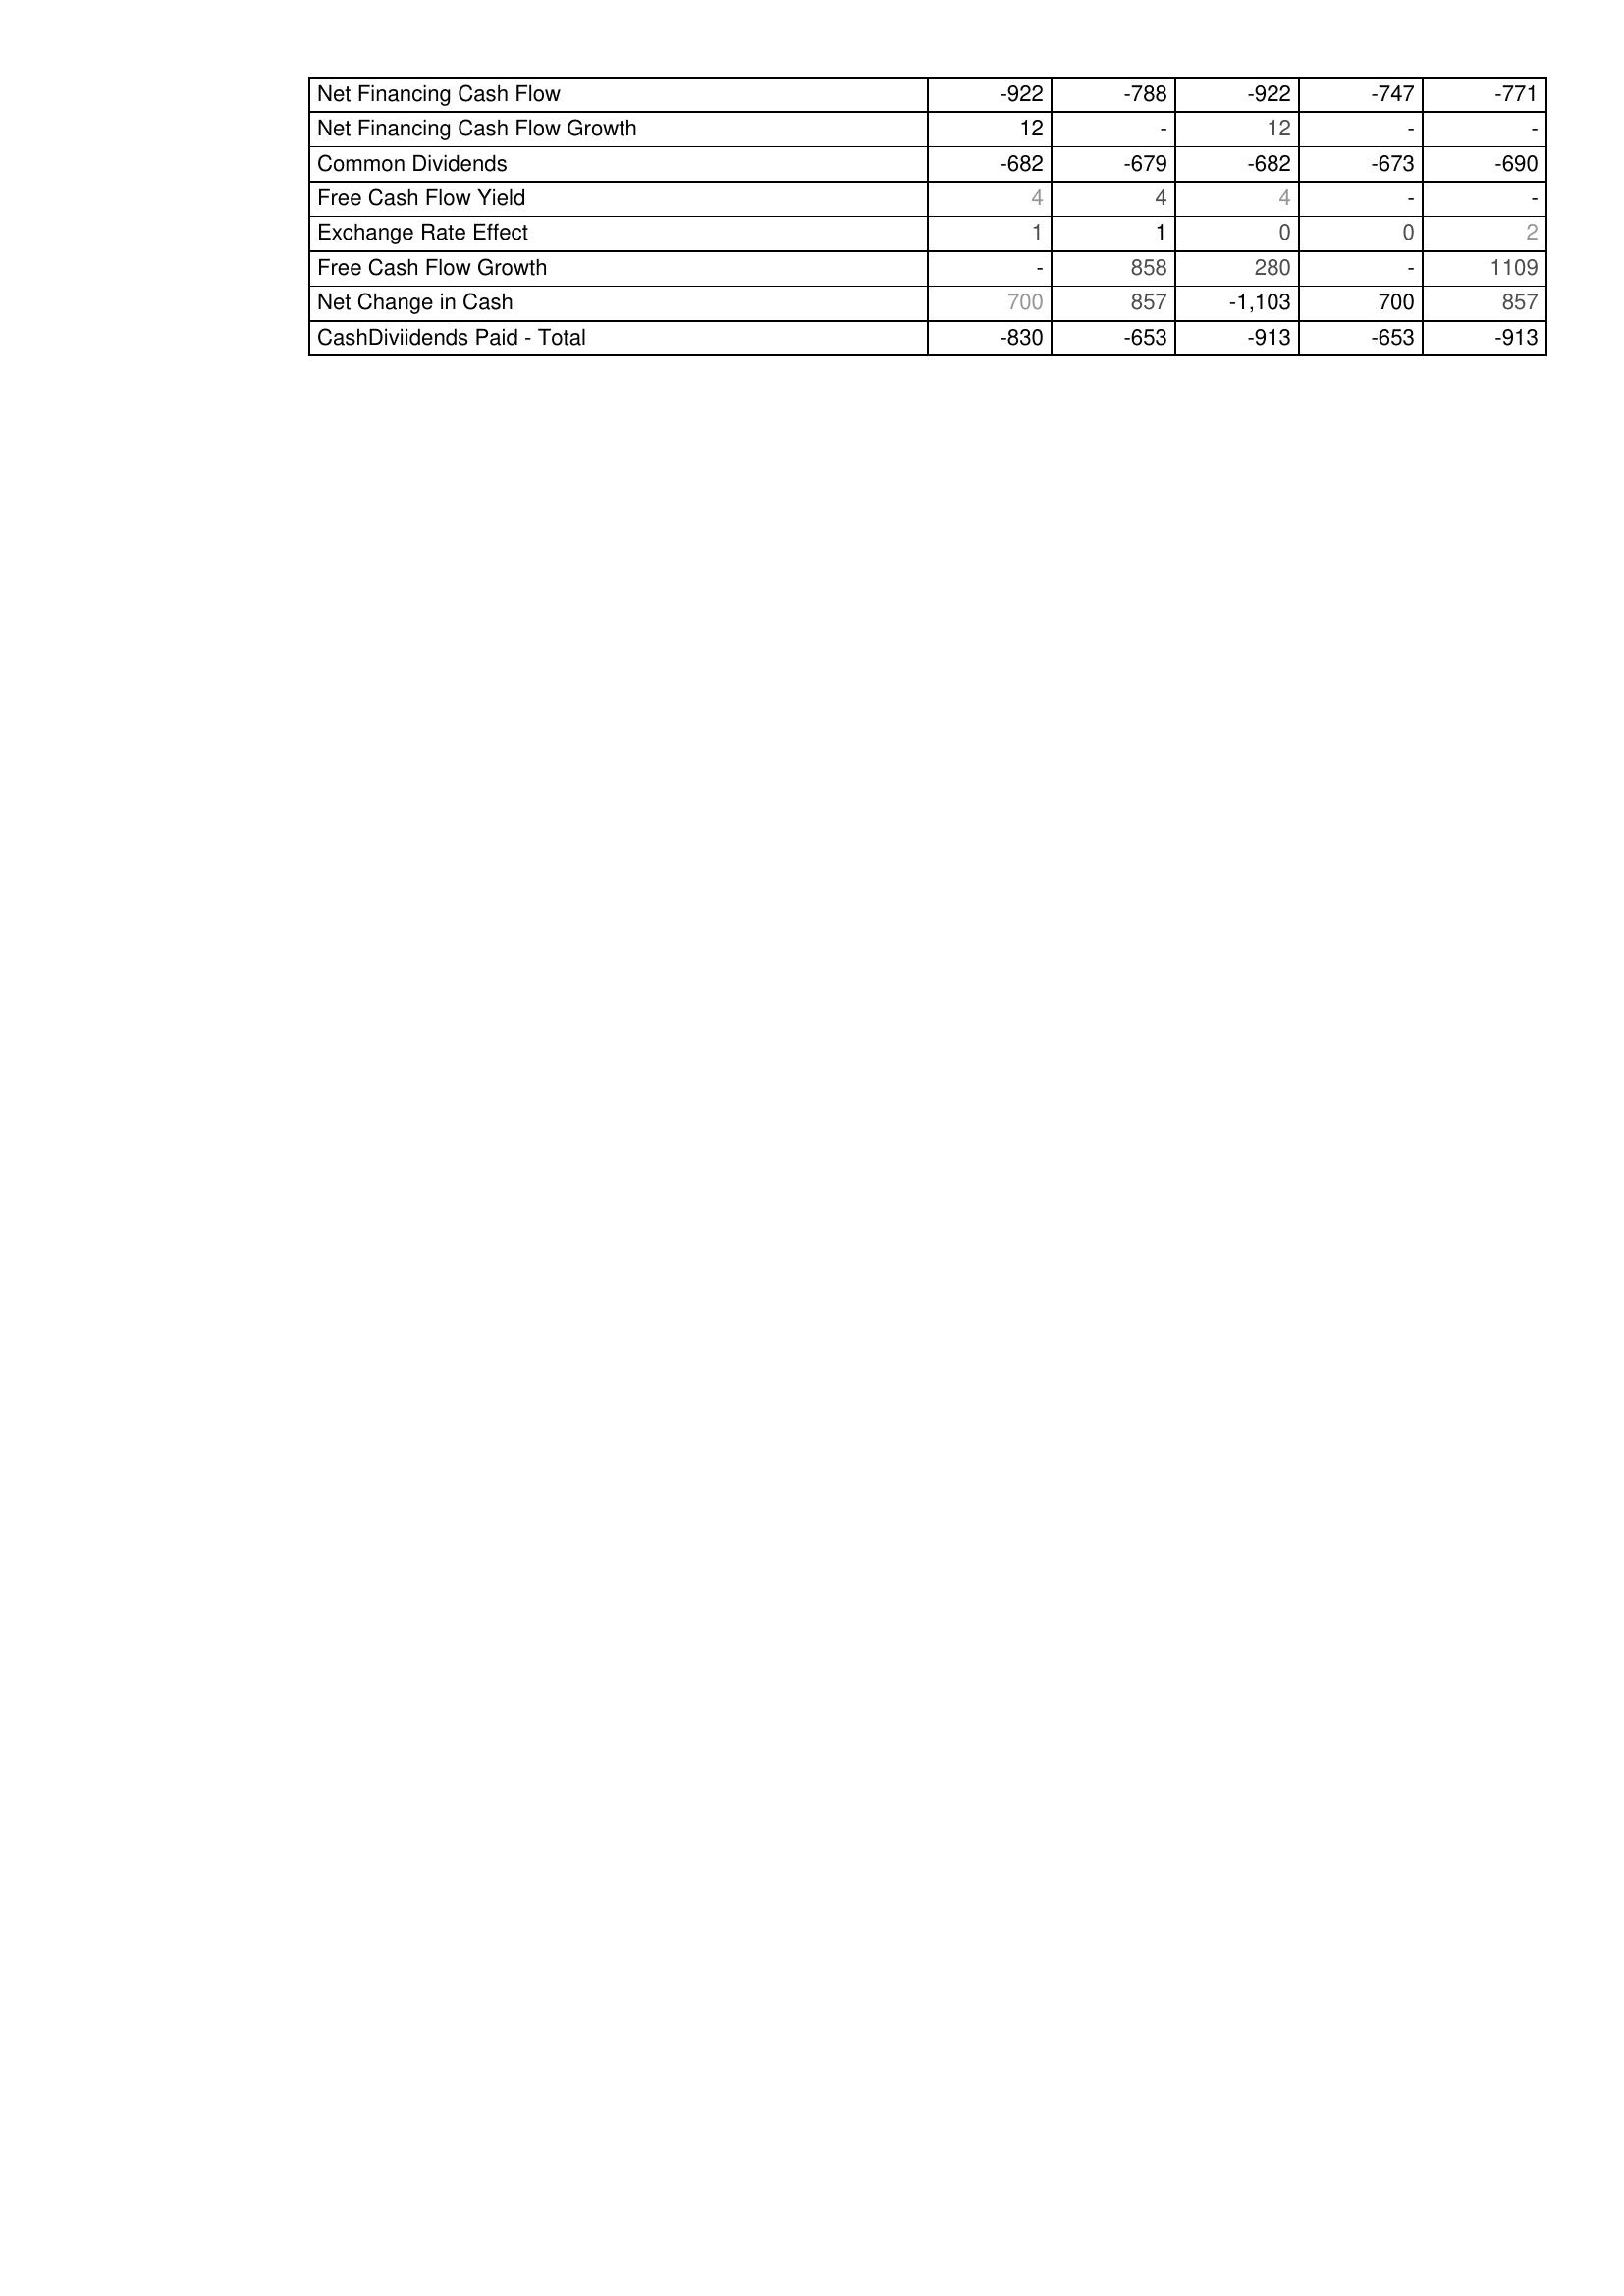
2016: Financing Activities: Net Financing Cash Flow: -922
Net Financing Cash Flow Growth: 12
Common Dividends: -682
Free Cash Flow Yield: 4
Exchange Rate Effect: 1
Free Cash Flow Growth: -
Net Change in Cash: 700
CashDiviidends Paid - Total: -830
2015: Financing Activities: Net Financing Cash Flow: -788
Net Financing Cash Flow Growth: -
Common Dividends: -679
Free Cash Flow Yield: 4
Exchange Rate Effect: 1
Free Cash Flow Growth: 858
Net Change in Cash: 857
CashDiviidends Paid - Total: -653
2014: Financing Activities: Net Financing Cash Flow: -922
Net Financing Cash Flow Growth: 12
Common Dividends: -682
Free Cash Flow Yield: 4
Exchange Rate Effect: 0
Free Cash Flow Growth: 280
Net Change in Cash: -1,103
CashDiviidends Paid - Total: -913
2013: Financing Activities: Net Financing Cash Flow: -747
Net Financing Cash Flow Growth: -
Common Dividends: -673
Free Cash Flow Yield: -
Exchange Rate Effect: 0
Free Cash Flow Growth: -
Net Change in Cash: 700
CashDiviidends Paid - Total: -653
2012: Financing Activities: Net Financing Cash Flow: -771
Net Financing Cash Flow Growth: -
Common Dividends: -690
Free Cash Flow Yield: -
Exchange Rate Effect: 2
Free Cash Flow Growth: 1109
Net Change in Cash: 857
CashDiviidends Paid - Total: -913